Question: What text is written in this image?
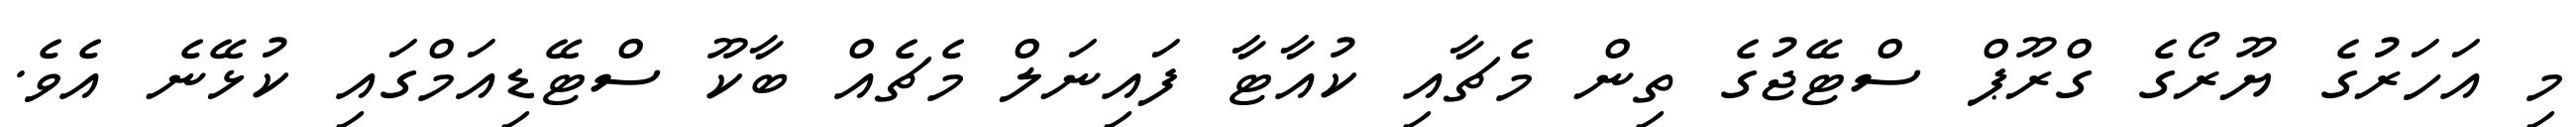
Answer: މި އަހަރުގެ ޔޫރޯގެ ގްރޫޕް ސްޓޭޖުގެ ތިން މެޗާއި ކުއާޓާ ފައިނަލް މެޗެއް ބާކޫ ސްޓޭޑިއަމްގައި ކުޅޭނެ އެވެ.